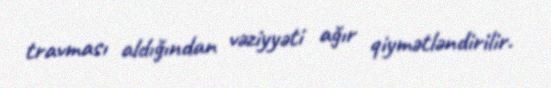
travması aldığından vəziyyəti ağır qiymətləndirilir.